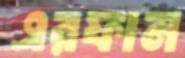
এরফান